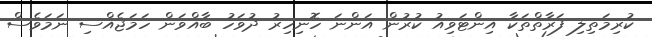
ކުރިމަތިލި ފަރާތްތަކާ އިންޓަވިއު ކުރުން އަންނަ ހޮނިހިރު ދުވަހު ބާއްވަން ހަމަޖެއްސި ނަމަވެސް